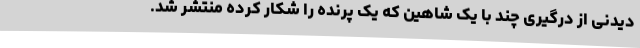
دیدنی از درگیری چند با یک شاهین که یک پرنده را شکار کرده منتشر شد.